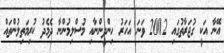
އޭނާ އަކީ ގުޖަރާތުގައި 2002 ވަނަ އަހަރު ހިންދީންނާއި މުސްލިމުންނާ ދެމެދު ކުރިމަތިލުންތައް